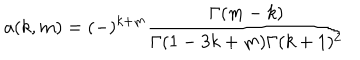
LaTeX: a ( k , m ) = ( - ) ^ { k + m } \frac { \Gamma ( m - k ) } { \Gamma ( 1 - 3 k + m ) \Gamma ( k + 1 ) ^ { 2 } }